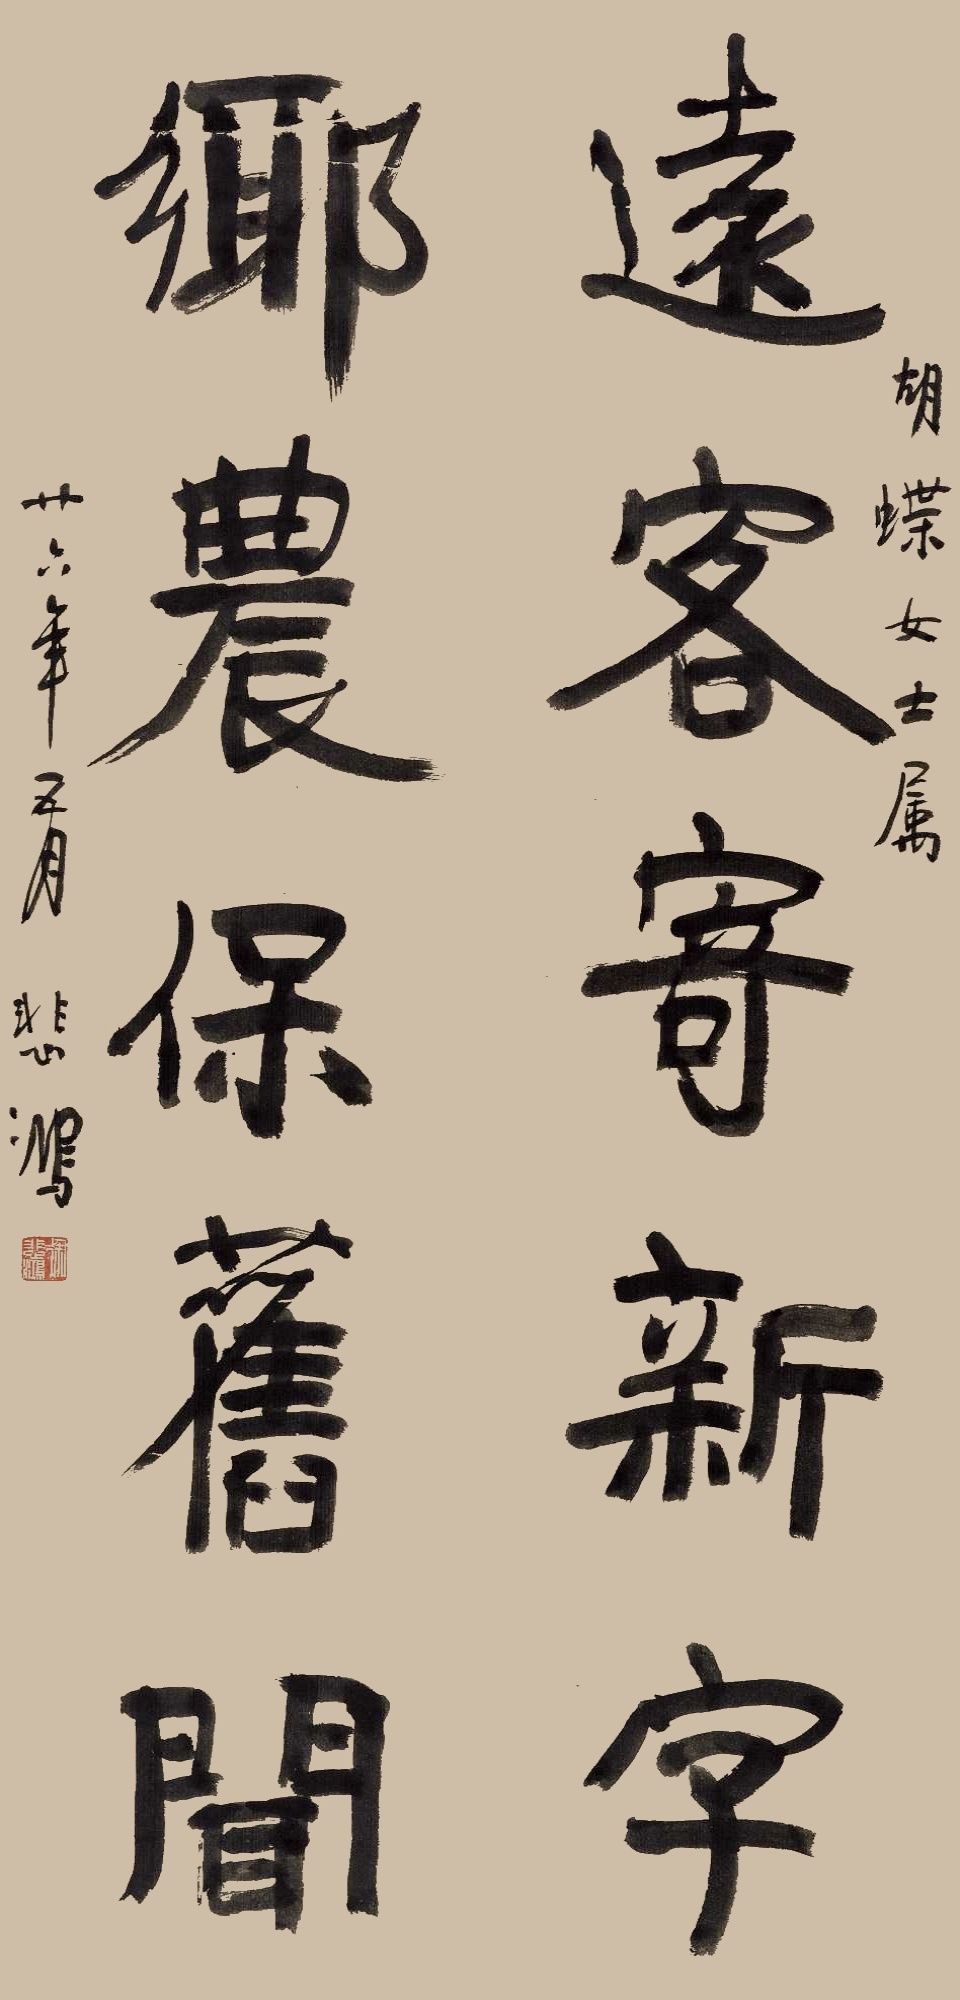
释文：远客寄新字，乡农保旧闻。胡蝶女士属。廿六年五月，悲鸿。